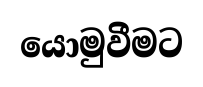
යොමුවීමට